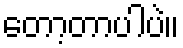
တော့တာပါပဲ။